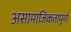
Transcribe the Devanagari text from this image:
असामाजिकतापूर्ण